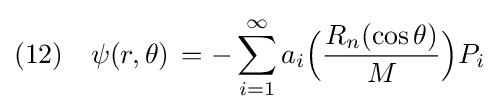
(12)\quad \psi (r,\theta )\,=-\sum _{i=1}^{\infty }a_{i}{\Big (}{\frac {R_{n}(\cos \theta )}{M}}{\Big )}P_{i}